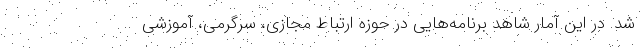
شد. در این آمار شاهد برنامه‌هایی در حوزه ارتباط مجازی، سرگرمی، آموزشی